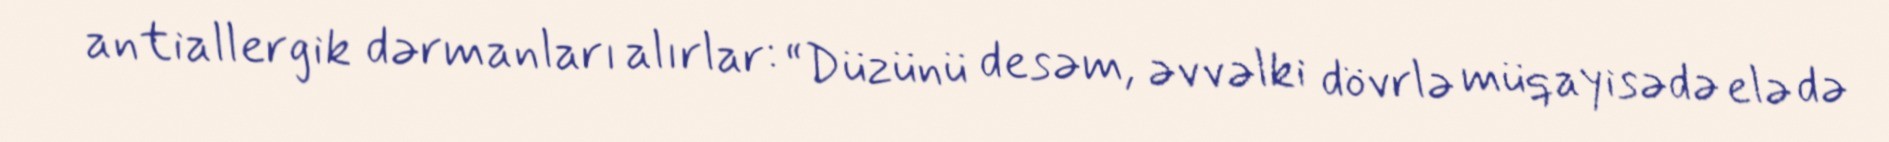
antiallergik dərmanları alırlar: “Düzünü desəm, əvvəlki dövrlə müqayisədə elə də